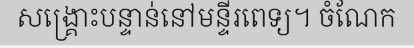
សង្គ្រោះបន្ទាន់នៅមន្ទីរពេទ្យ។ ចំណែក